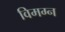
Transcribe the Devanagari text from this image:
विमग्न